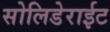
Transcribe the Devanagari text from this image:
सोलिडेराईट